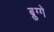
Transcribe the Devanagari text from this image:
ब्रुग्गे